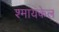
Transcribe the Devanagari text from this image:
श्मायकेल